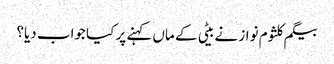
بیگم کلثوم نواز نے بیٹی کے ماں کہنے پر کیا جواب دیا؟